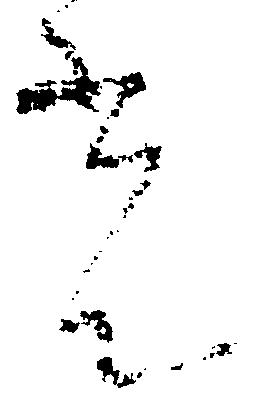
光